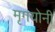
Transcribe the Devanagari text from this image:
मृगयोनी